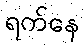
ရက်နေ